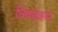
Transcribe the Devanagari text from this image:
विषयक्रम